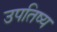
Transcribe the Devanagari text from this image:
उपतिष्य